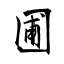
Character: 圃